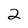
Character: 2